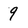
Character: 9